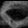
Digit: ၀